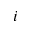
i